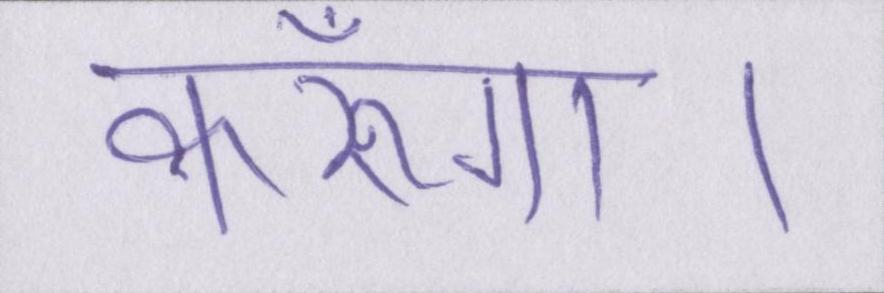
करूँगा।